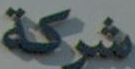
شركة